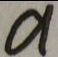
a